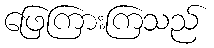
ဖြေကြားကြသည်